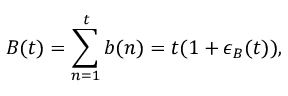
B ( t ) = \sum _ { n = 1 } ^ { t } b ( n ) = t ( 1 + \epsilon _ { B } ( t ) ) ,